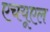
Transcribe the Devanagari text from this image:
एचयूएल